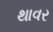
થાવર